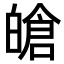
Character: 𤾙